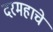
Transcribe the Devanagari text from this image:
दरमहाचे